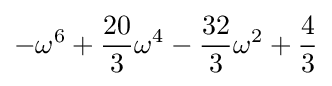
-\omega ^{6}+{\frac {20}{3}}\omega ^{4}-{\frac {32}{3}}\omega ^{2}+{\frac {4}{3}}